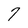
Character: 7